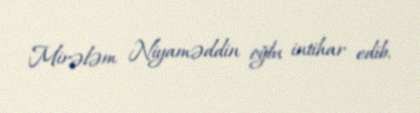
Mirələm Niyaməddin oğlu intihar edib.